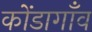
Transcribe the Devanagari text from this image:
कोंडागाँव